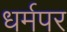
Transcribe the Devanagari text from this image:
धर्मपर